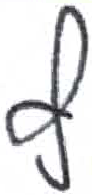
אות: ץ